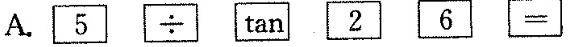
A.$$\boxed { 5 } \boxed { \div } \boxed { \tan } \boxed { 2 } \boxed { 6 } \boxed { = }$$